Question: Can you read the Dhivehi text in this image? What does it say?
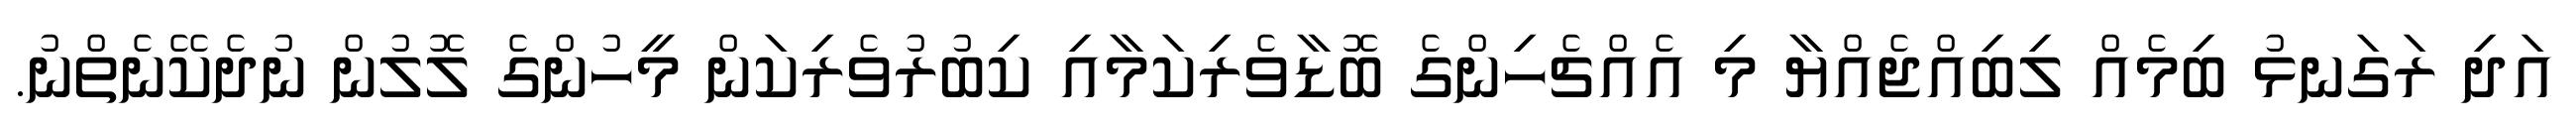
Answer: އަދި ރަގަނޅު ބިމެއް ލިބިއްޖެއްޔާ މި އެއްޗެހިންގެ ބޮޑާވެރިކަމާއި ކިބުރުވެރިކަން މީހުންގެ ލޮލުން ނުދެކޭނެތްނު.